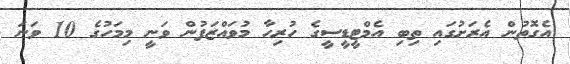
އެގޮތުން އެރަށުގައި ތިބި އެމްޓީޑީސީގެ ހުރިހާ މުވައްޒަފުން ވަނީ މިމަހުގެ 10 ވަނަ